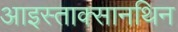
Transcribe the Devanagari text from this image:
आइस्ताक्सानथिन